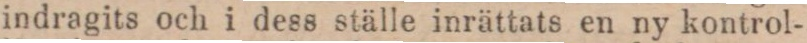
indragits och i dess ställe inrättats en ny kontrol-